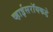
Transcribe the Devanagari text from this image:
व्हाईसरॉयकडे